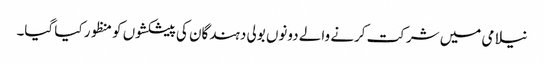
نیلامی میں شرکت کرنے والے دونوں بولی دہندگان کی پیشکشوں کو منظور کیا گیا۔